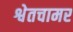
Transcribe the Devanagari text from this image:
श्वेतचामर